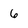
Character: 6